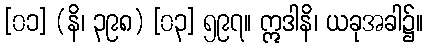
[၀၁] (နိ၊ ၃၉၈) [၀၃] ၅၉၇။ ဣဒါနိ၊ ယခုအခါ၌။